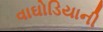
વાઘોડિયાની